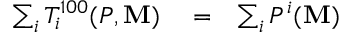
\begin{array} { r l r } { \sum _ { i } T _ { i } ^ { 1 0 0 } ( P , \mathbf { M } ) } & { { } = } & { \sum _ { i } P ^ { i } ( \mathbf { M } ) } \end{array}